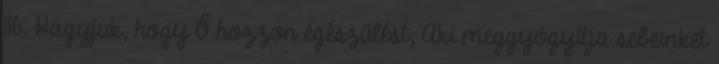
116. Hagyjuk, hogy Ő hozzon egészülést, Aki meggyógyítja sebeinket